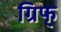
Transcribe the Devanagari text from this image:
ग्रिफ्